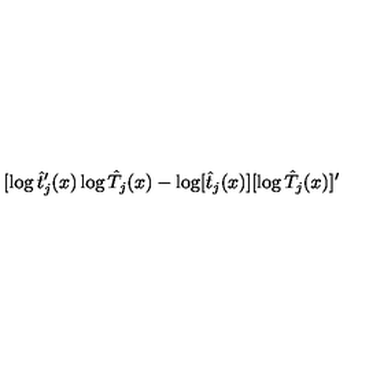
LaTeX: [ \log \hat { t } _ { j } ^ { \prime } ( x ) \log \hat { T } _ { j } ( x ) - \log [ \hat { t } _ { j } ( x ) ] [ \log \hat { T } _ { j } ( x ) ] ^ { \prime }